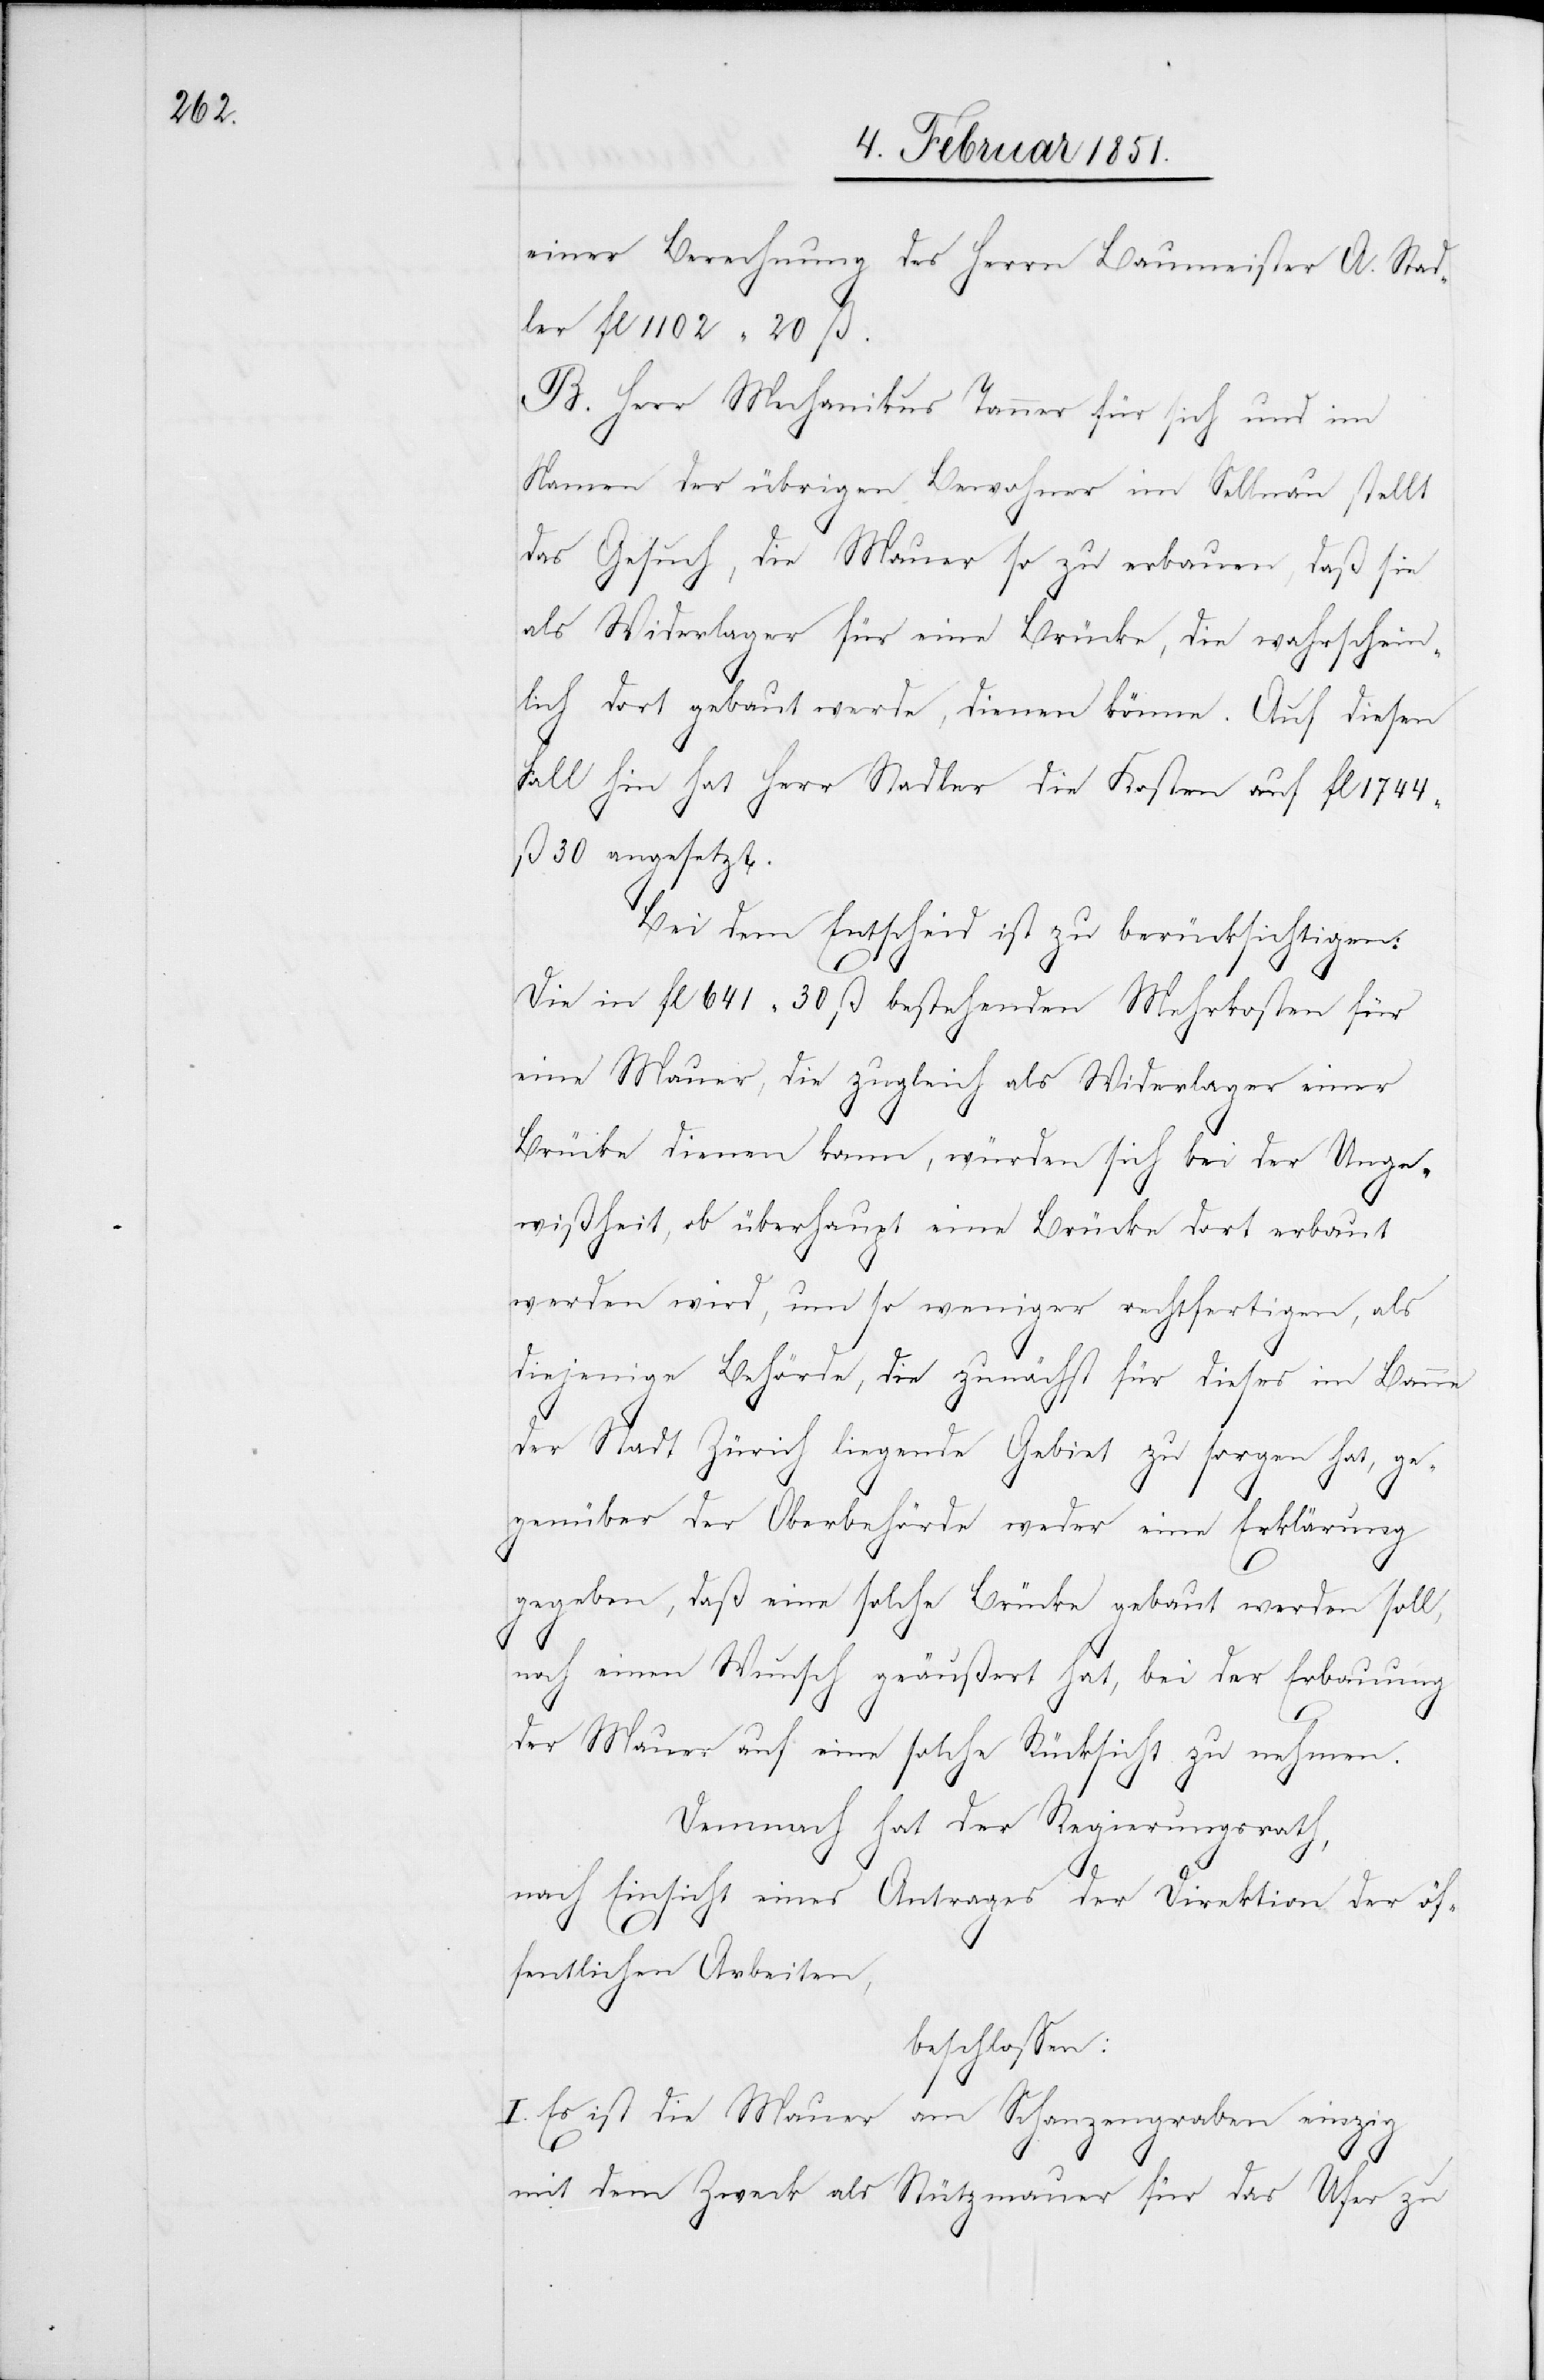
einer Berechnung des Herrn Baumeister A. Stad¬
ler fl 1102 20 ß.
B. Herr Mechanikus Tanner für sich und im
Namen der übrigen Bewohner im Sellnau stellt
das Gesuch, die Mauer so zu erbauen, daß sie
als Widerlager für eine Brücke, die wahrschein¬
lich dort gebaut werde, dienen könne. Auf diesen
Fall hin hat Herr Stadler die Kosten auf fl 1744
ß 30 angesetzt.
Bei dem Entscheid ist zu berücksichtigen:
Die in fl 641 30 ß bestehenden Mehrkosten für
eine Mauer, die zugleich als Widerlager einer
Brücke dienen kann, würden sich bei der Unge¬
wißheit, ob überhaupt eine Brücke dort erbaut
werden wird, um so weniger rechtfertigen, als
diejenige Behörde, die zunächst für dieses im Banne
der Stadt Zürich liegende Gebiet zu sorgen hat, ge¬
genüber der Oberbehörde weder eine Erklärung
gegeben, daß eine solche Brücke gebaut werden soll,
noch einen Wunsch geäußert hat, bei der Erbauung
der Mauer auf eine solche Rücksicht zu nehmen.
Demnach hat der Regierungsrath,
nach Einsicht eines Antrages der Direktion der öf¬
fentlichen Arbeiten,
beschlossen:
I. Es ist die Mauer am Schanzengraben einzig
mit dem Zweck als Stützmauer für das Ufer zu